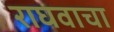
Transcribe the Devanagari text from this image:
राघवाचा